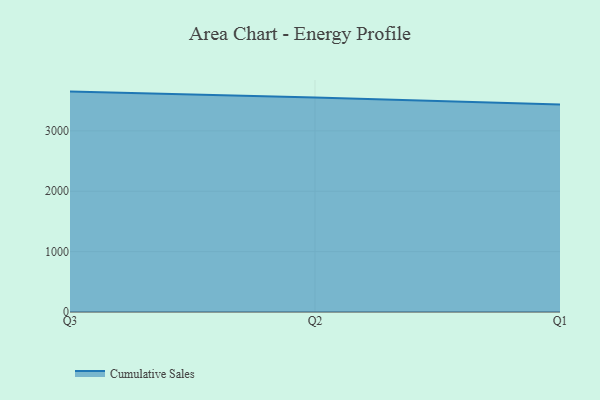
{"axis": {"x": "Quarter", "y": "Budget (USD K)"}, "legend": ["Cumulative Sales"], "data": [{"x": "Q3", "y": 3649.8, "type": "Cumulative Sales"}, {"x": "Q2", "y": 3552.3, "type": "Cumulative Sales"}, {"x": "Q1", "y": 3435.5, "type": "Cumulative Sales"}]}